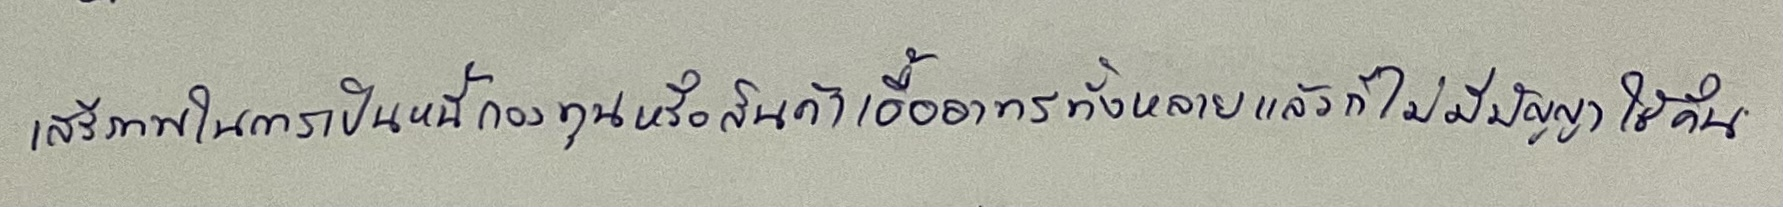
เสรีภาพในการเป็นหนี้กองทุนหรือสินค้าเอื้ออาทรทั้งหลายแล้วก็ไม่มีปัญญาใช้คืน